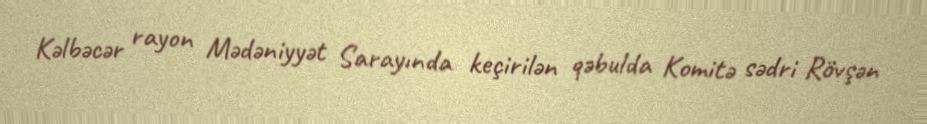
Kəlbəcər rayon Mədəniyyət Sarayında keçirilən qəbulda Komitə sədri Rövşən